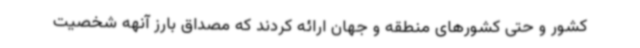
کشور و حتی کشورهای منطقه و جهان ارائه کردند که مصداق بارز آنهه شخصیت